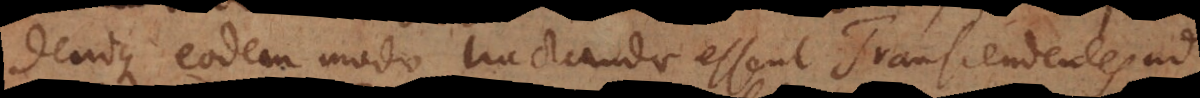
Denique eodem modo tractandae essent Transcendentes ad